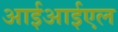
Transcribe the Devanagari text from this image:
आईआईएल